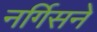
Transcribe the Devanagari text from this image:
नर्गिसने